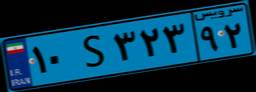
۳۵S۵۳۹۲۱